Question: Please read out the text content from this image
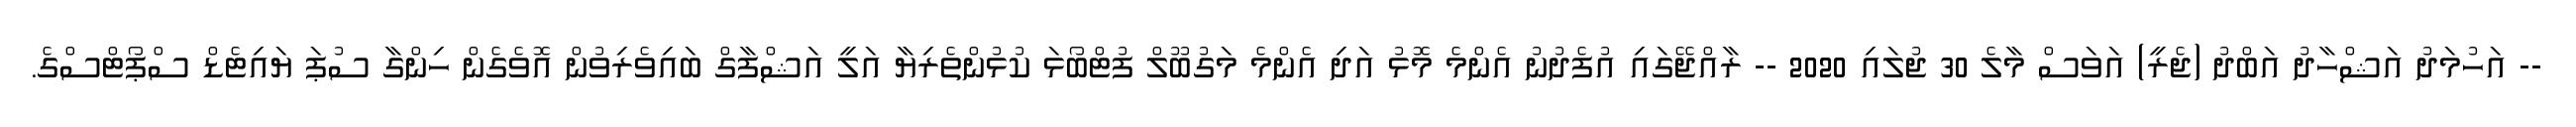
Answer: -- އަހުމަދު އަޝްހާދު އަބްދު (ޖެރީ) އަވަސް މާލެ 30 ޖުލައި 2020 -- ރާއްޖޭގައި އުފެދުނު އެންމެ މޮޅު އަދި އެންމެ މަގުބޫލް ފުޓްބޯޅަ ކުޅުންތެރިޔާ އަލީ އަޝްފާގް ބައިވެރިވުން އޮވެގެން ހިންގާ ސުޕަ ޔައިޓެޑް ސްޕޯޓްސްގެ.